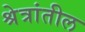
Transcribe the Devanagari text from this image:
श्रेत्रांतील